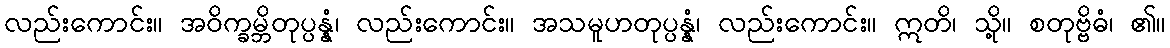
လည်းကောင်း။ အဝိက္ခမ္ဘိတုပ္ပန္နံ၊ လည်းကောင်း။ အသမူဟတုပ္ပန္နံ၊ လည်းကောင်း။ ဣတိ၊ သို့။ စတုဗ္ဗိဓံ၊ ၏။